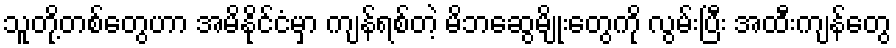
သူတို့တစ်တွေဟာ အမိနိုင်ငံမှာ ကျန်ရစ်တဲ့ မိဘဆွေမျိုးတွေကို လွမ်းပြီး အထီးကျန်တွေ